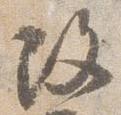
改